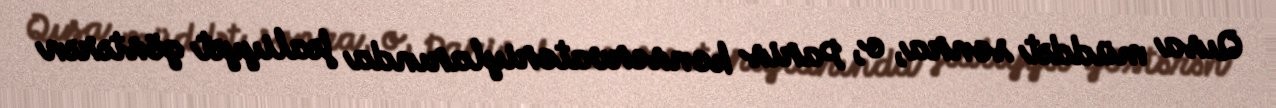
Qısa müddət sonra, o, Paris konservatoriylarında fəaliyyət göstərən